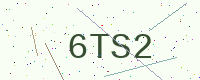
Text: 6TS2